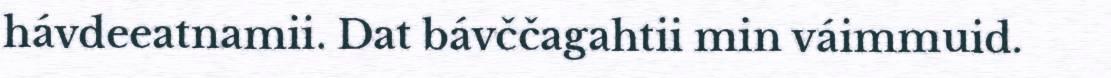
hávdeeatnamii. Dat bávččagahtii min váimmuid.